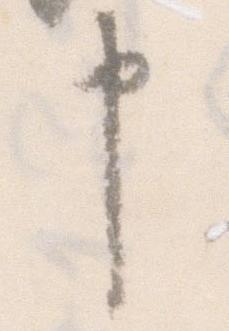
申